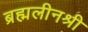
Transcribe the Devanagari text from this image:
ब्रह्मलीनश्री